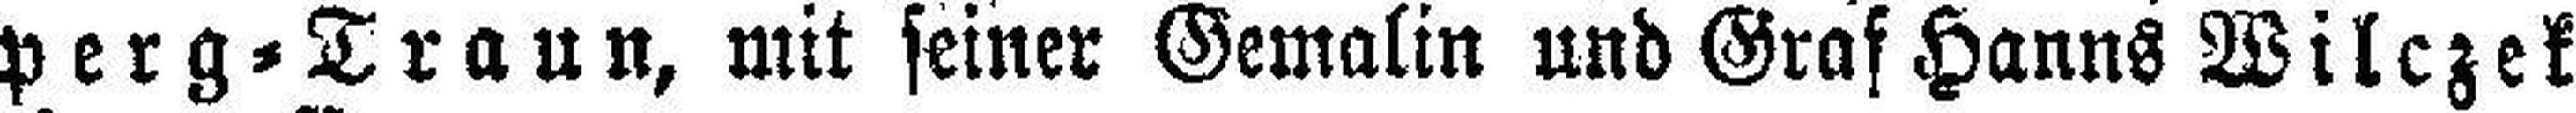
perg=Traun, mit seiner Gemalin und Graf Hanns Wilczek